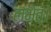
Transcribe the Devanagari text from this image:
लभेत्।